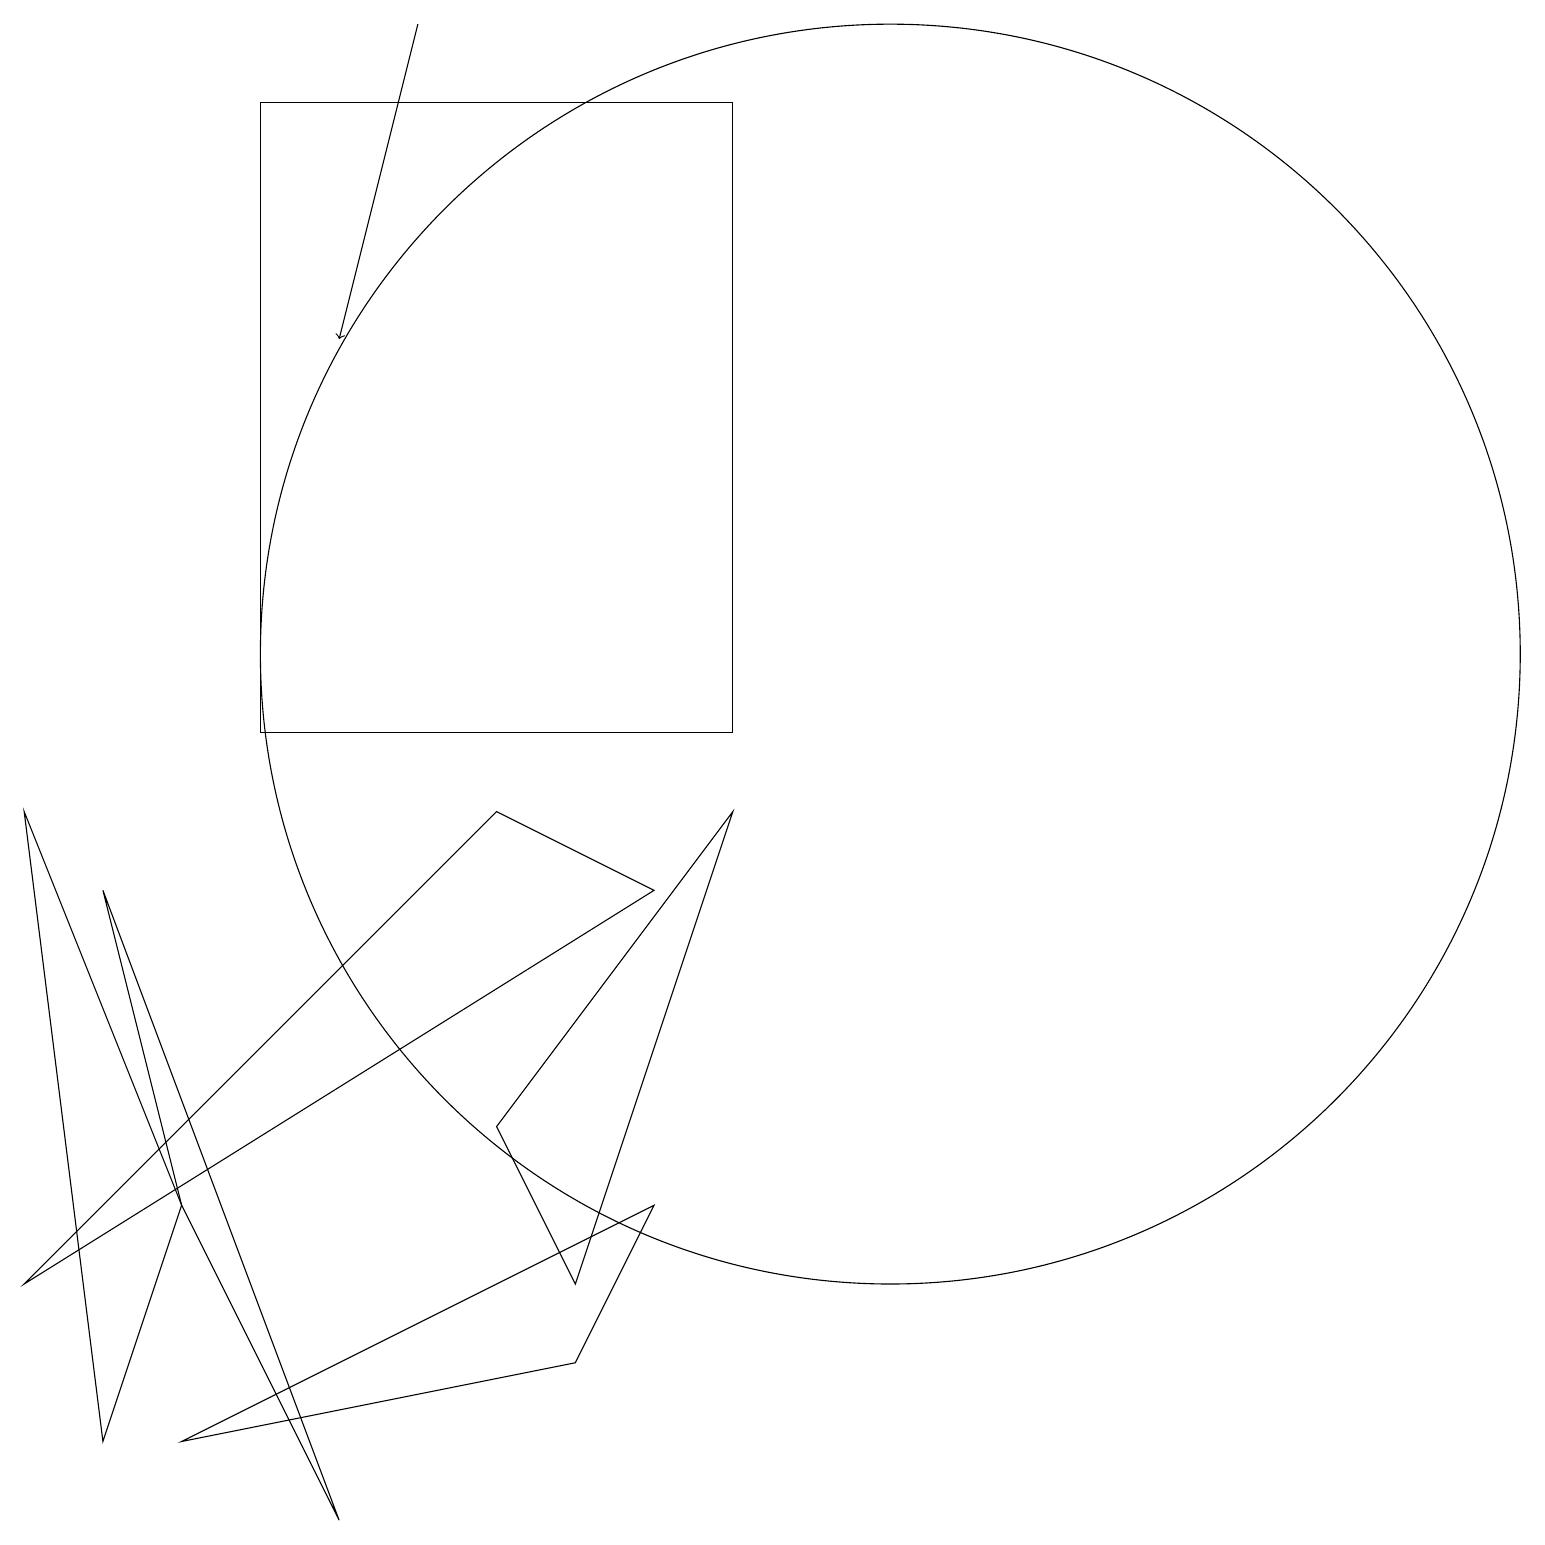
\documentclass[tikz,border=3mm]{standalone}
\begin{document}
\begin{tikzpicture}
\draw (7,3) -- (9,9) -- (6,5) -- cycle;
\draw (2,4) -- (1,1) -- (0,9) -- cycle;
\draw (2,1) -- (8,4) -- (7,2) -- cycle;
\draw (0,3) -- (6,9) -- (8,8) -- cycle;
\draw (2,4) -- (4,0) -- (1,8) -- cycle;
\draw (9,10) rectangle (3,18);
\draw[->] (5,19) -- (4,15);
\draw (11,11) circle (8);
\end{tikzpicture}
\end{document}